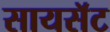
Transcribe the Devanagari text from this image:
सायसॅट